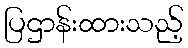
ပြဌာန်းထားသည့်